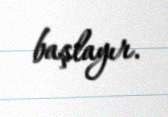
başlayır.